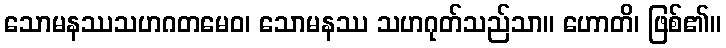
သောမနဿသဟဂတမေဝ၊ သောမနဿ သဟဂုတ်သည်သာ။ ဟောတိ၊ ဖြစ်၏။